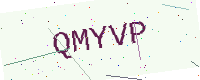
Text: QMYVP